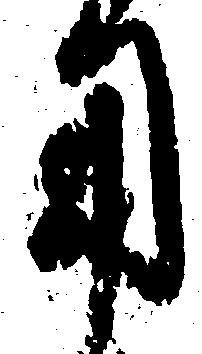
用